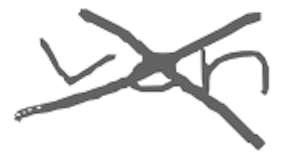
Text: van
Cross-out: cross
Writing tool: digital_gray